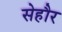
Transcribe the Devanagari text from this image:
सेहौर